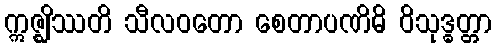
ဣဇ္ဈိဿတိ သီလဝတော စေတာပဏိဓိ ဝိသုဒ္ဓတ္တာ